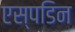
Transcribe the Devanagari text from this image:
एस्पडिन